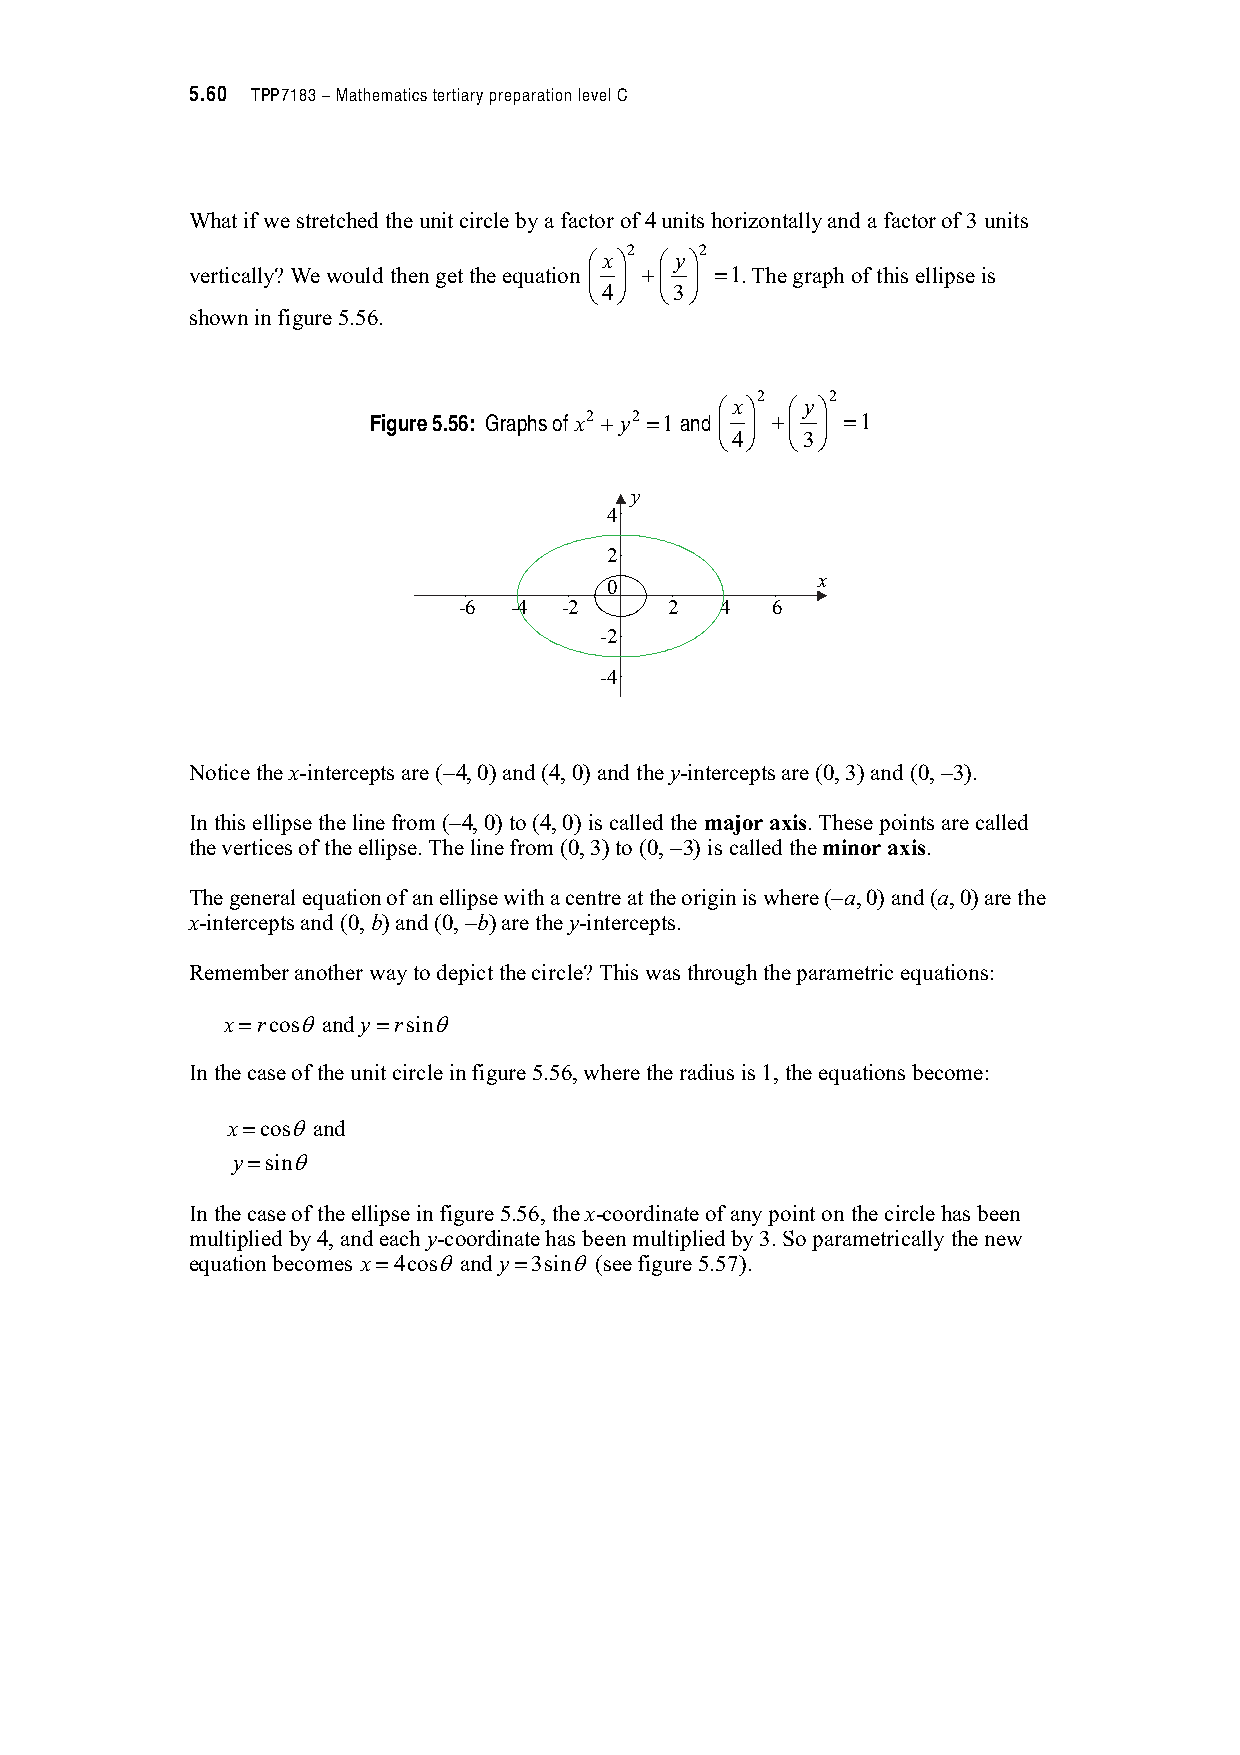
5.60 TPP7183 – Mathematics tertiary preparation level C
 What if we stretched the unit circle by a factor of 4 units horizontally and a factor of 3 units
 2   2
 $x%  $ y%
 vertically? We would then get the equation & ' #& ' "1. The graph of this ellipse is
 (4)  (3)
 shown in figure 5.56.
 2    2
 $x% $ y%
 Figure 5.56: Graphs of x2 # y2 "1 and & ' #& ' "1
 (4) (3)
 y
 4
 2
 x
 0
 -6  -4 -2     2   4  6
 -2
 -4
 Notice the x-intercepts are ( 4, 0) and (4, 0) and the y-intercepts are (0, 3) and (0, 3).
 In this ellipse the line from ( 4, 0) to (4, 0) is called the major axis. These points are called
 the vertices of the ellipse. The line from (0, 3) to (0, 3) is called the minor axis.
 The general equation of an ellipse with a centre at the origin is where ( a, 0) and (a, 0) are the
 x-intercepts and (0, b) and (0, b) are the y-intercepts.
 Remember another way to depict the circle? This was through the parametric equations:
 x"rcos1 and y"rsin1
 In the case of the unit circle in figure 5.56, where the radius is 1, the equations become:
 x"cos1 and
 y"sin1
 In the case of the ellipse in figure 5.56, the x-coordinate of any point on the circle has been
 multiplied by 4, and each y-coordinate has been multiplied by 3. So parametrically the new
 equation becomes x"4cos1 and y"3sin1 (see figure 5.57).